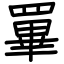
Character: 罼